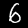
Digit: 6